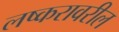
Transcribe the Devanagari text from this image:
लष्करावरील